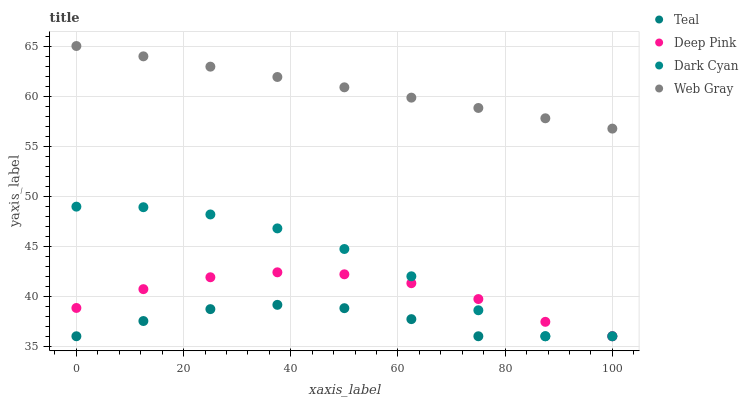
| xaxis_label | Teal | Deep Pink | Dark Cyan | Web Gray |
 | --- | --- | --- | --- | --- |
 | 0 | 36 | 38.8 | 48.9 | 65 |
 | 12.5 | 37.5 | 40.7 | 48.9 | 64 |
 | 25 | 38.7 | 41.9 | 48.2 | 62.9 |
 | 37.5 | 39.1 | 42.4 | 46.8 | 61.9 |
 | 50 | 38.8 | 42.2 | 44.7 | 60.9 |
 | 62.5 | 37.7 | 41.3 | 42 | 59.8 |
 | 75 | 36 | 39.7 | 38.6 | 58.8 |
 | 87.5 | 36 | 37.4 | 36 | 57.8 |
 | 100 | 36 | 36 | 36 | 56.7 |